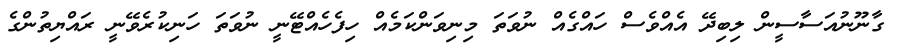
ގާނޫނުއަސާސީން ލިބިދޭ އެއްވެސް ހައްގެއް ނުވަތަ މިނިވަންކަމެއް ހިފެހެއްޓޭނީ ނުވަތަ ހަނިކުރެވޭނީ ރައްޔިތުންގެ